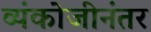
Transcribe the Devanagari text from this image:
व्यंकोजीनंतर